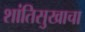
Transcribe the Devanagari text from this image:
शांतिसुखाचा